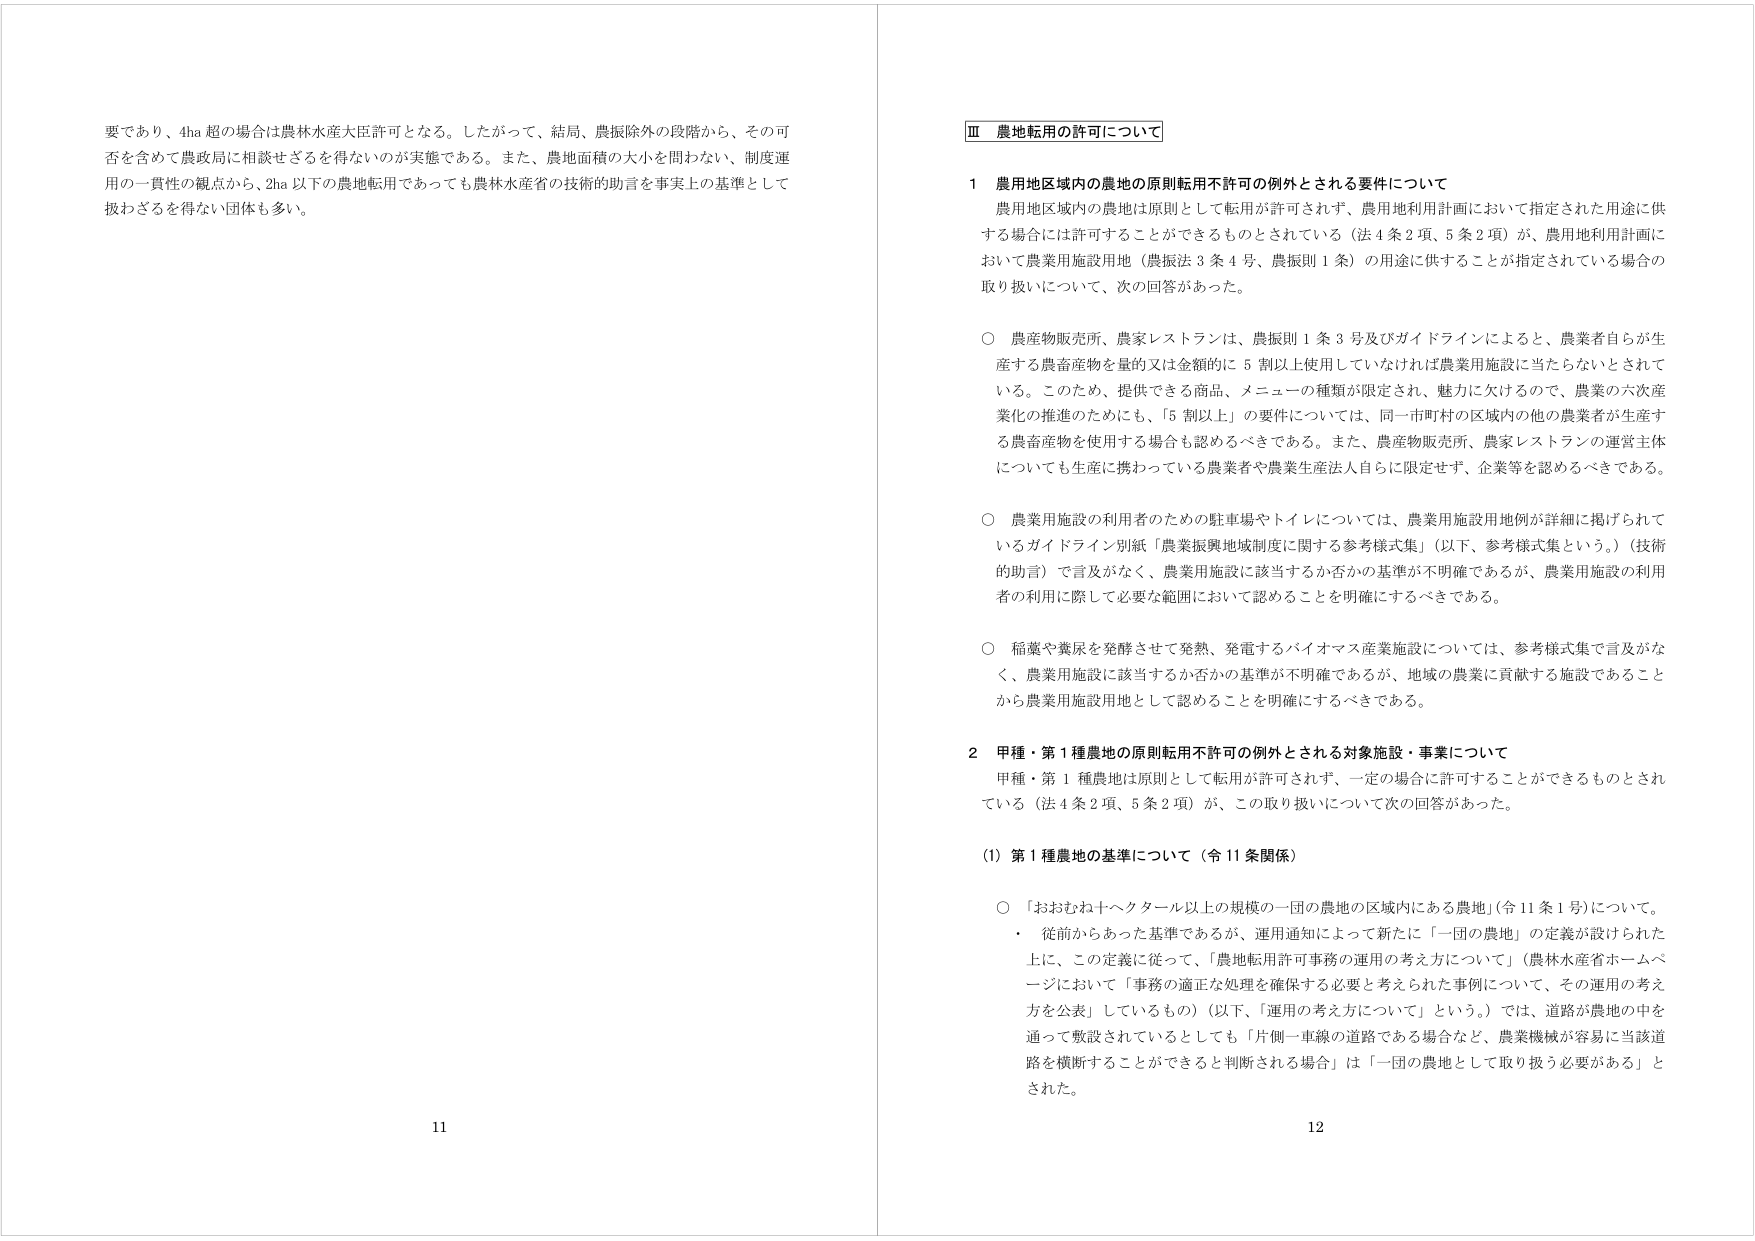
要であり、4ha 超の場合は農林水産大臣許可となる。したがって、結局、農振除外の段階から、その可否を含めて農政局に相談せざるを得ないのが実態である。また、農地面積の大小を問わない、制度運用の一貫性の観点から、2ha 以下の農地転用であっても農林水産省の技術的助言を事実上の基準として扱わざるを得ない団体も多い。

Ⅲ 農地転用の許可について

1 農用地区域内の農地の原則転用不許可の例外とされる要件について

農用地区域内の農地は原則として転用が許可されず、農用地利用計画において指定された用途に供する場合には許可することができるものとされている（法4条2項、5条2項）が、農用地利用計画において農業用施設用地（農振法3条4号、農振則1条）の用途に供することが指定されている場合の取り扱いについて、次の回答があった。

○ 農産物販売所、農家レストランは、農振則1条3号及びガイドラインによると、農業者自らが生産する農畜産物を量的又は金額的に5割以上使用していなければ農業用施設に当たらないとされている。このため、提供できる商品、メニューの種類が限定され、魅力に欠けるので、農業の六次産業化の推進のためにも、「5割以上」の要件については、同一市町村の区域内の他の農業者が生産する農畜産物を使用する場合も認めるべきである。また、農産物販売所、農家レストランの運営主体についても生産に携わっている農業者や農業生産法人自らに限定せず、企業等を認めるべきである。

○ 農業用施設の利用者のための駐車場やトイレについては、農業用施設用地例が詳細に掲げられているガイドライン別紙「農業振興地域制度に関する参考様式集」（以下、参考様式集という。）（技術的助言）で言及がなく、農業用施設に該当するか否かの基準が不明確であるが、農業用施設の利用者の利用に際して必要な範囲において認めることを明確にするべきである。

○ 稲藁や糞尿を発酵させて発熱、発電するバイオマス産業施設については、参考様式集で言及がなく、農業用施設に該当するか否かの基準が不明確であるが、地域の農業に貢献する施設であることから農業用施設用地として認めることを明確にするべきである。

2 甲種・第1種農地の原則転用不許可の例外とされる対象施設・事業について

甲種・第1種農地は原則として転用が許可されず、一定の場合に許可することができるものとされている（法4条2項、5条2項）が、この取り扱いについて次の回答があった。

(1) 第1種農地の基準について（令11条関係）

○ 「おおむね十ヘクタール以上の規模の一団の農地の区域内にある農地」（令11条1号）について。

・ 従前からあった基準であるが、運用通知によって新たに「一団の農地」の定義が設けられた上に、この定義に従って、「農地転用許可事務の運用の考え方について」（農林水産省ホームページにおいて「事務の適正な処理を確保する必要と考えられた事例について、その運用の考え方を公表」しているもの）（以下、「運用の考え方について」という。）では、道路が農地の中を通って敷設されているとしても「片側一車線の道路である場合など、農業機械が容易に当該道路を横断することができる」と判断される場合」は「一団の農地として取り扱う必要がある」とされた。

11
12